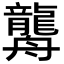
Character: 𦪿